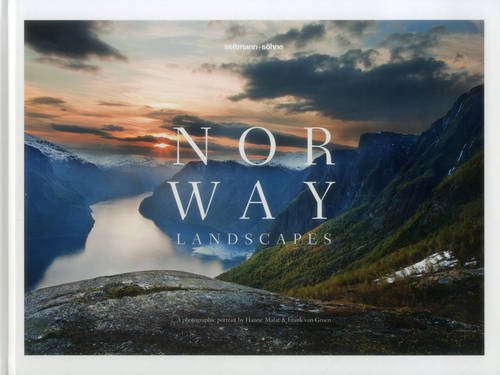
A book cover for Norway: A Photographic Portrait by Hanne Malat & Frank van Groen (English and German Edition); Hanne Malat; Travel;